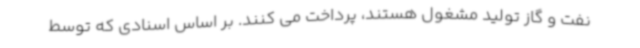
نفت و گاز تولید مشغول هستند، پرداخت می کنند. بر اساس اسنادی که توسط